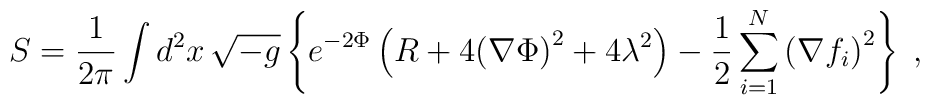
S={1\over2\pi}\int d^2x\,\sqrt{-g}\left\{e^{-2\Phi}\left(R+4{\left(\nabla\Phi\right)}^2+4\lambda^2\right)-{1\over2}\sum_{i=1}^{N}{\left(\nabla f_i\right)}^2\right\}\;,